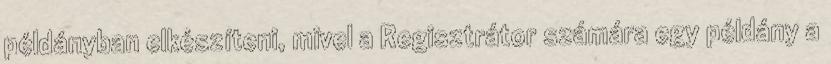
példányban elkészíteni, mivel a Regisztrátor számára egy példány a